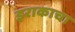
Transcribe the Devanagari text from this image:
इराकाचा